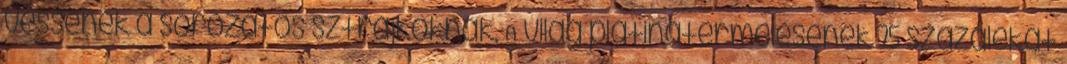
vessenek a sorozatos sztrájkoknak. A világ platinatermelésének 75 százalékát